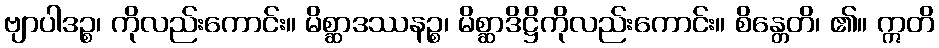
ဗျာပါဒဉ္စ၊ ကိုလည်းကောင်း။ မိစ္ဆာဒဿနဉ္စ၊ မိစ္ဆာဒိဋ္ဌိကိုလည်းကောင်း။ စိန္တေတိ၊ ၏။ ဣတိ